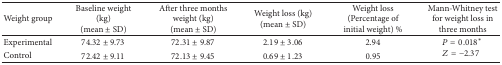
| Weight group | Baseline weight (kg)(mean ± SD) | After three months weight (kg)(mean ± SD) | Weight loss (kg)(mean ± SD) | Weight loss(Percentage of initial weight) % | Mann-Whitney test for weight loss in three months |
 | --- | --- | --- | --- | --- | --- |
 | Experimental | 74.32 ± 9.73 | 72.31 ± 9.87 | 2.19 ± 3.06 | 2.94 | <ROWSPAN=2> P = 0.018*Z = −2.37 |
 | Control | 72.42 ± 9.11 | 72.13 ± 9.45 | 0.69 ± 1.23 | 0.95 |